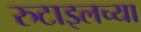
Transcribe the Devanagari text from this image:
रुटाइलच्या